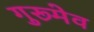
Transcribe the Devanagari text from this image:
गुरूमेव